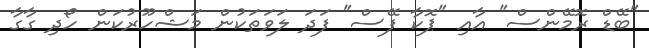
"ބޭޑް ރޮމޭންސް" އާއި "ޕޮކާ ފޭސް" ފަދަ ލަވަތަކުން މަޝްހޫރުކަން ހޯދި ގާގާ